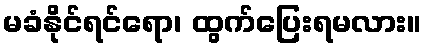
မခံနိုင်ရင်ရော၊ ထွက်ပြေးရမလား။